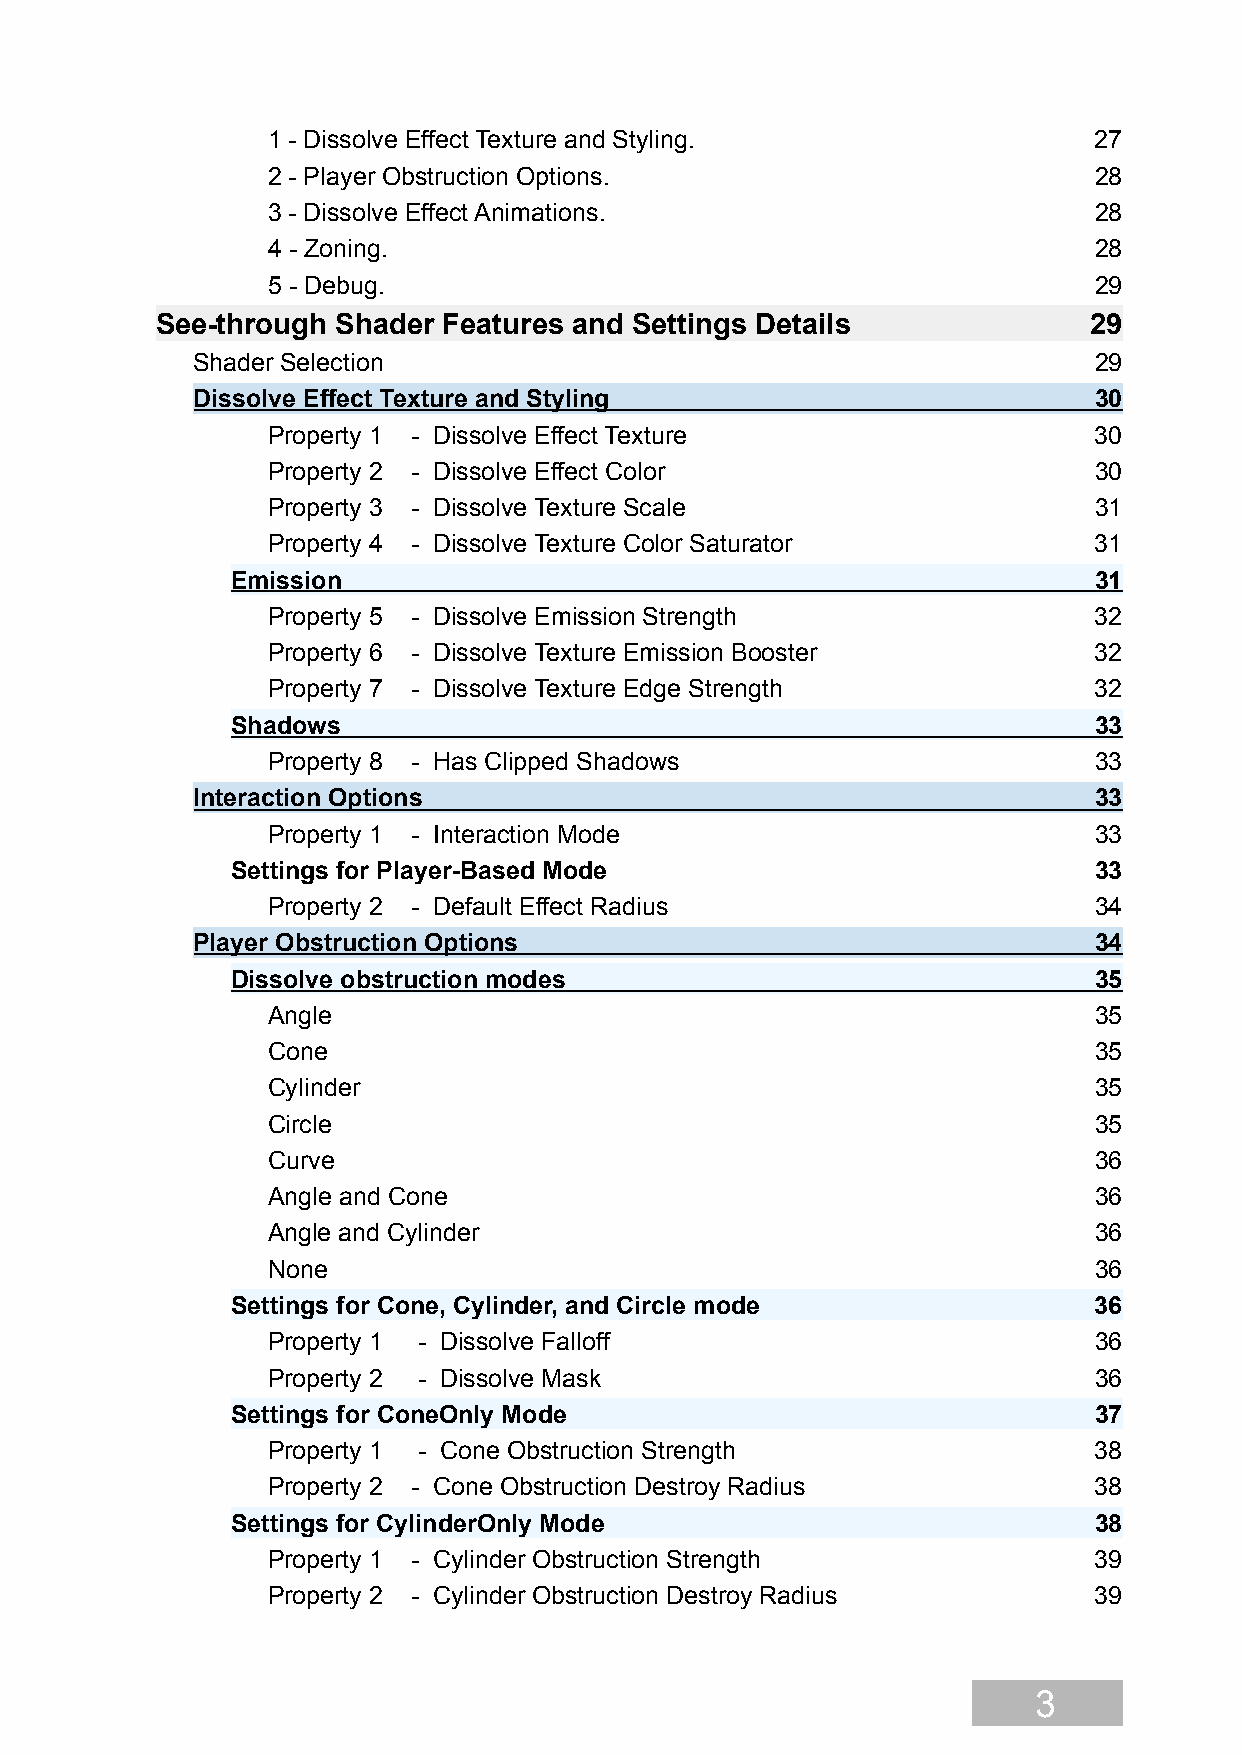
1 - Dissolve Effect Texture and Styling.              27
 2 - Player Obstruction Options.                       28
 3 - Dissolve Effect Animations.                       28
 4 - Zoning.                                           28
 5 - Debug.                                            29
 See-through Shader Features and Settings Details              29
 Shader Selection                                           29
 Dissolve Effect Texture and Styling                        30
 Property 1 - Dissolve Effect Texture                  30
 Property 2 - Dissolve Effect Color                    30
 Property 3 - Dissolve Texture Scale                   31
 Property 4 - Dissolve Texture Color Saturator         31
 Emission                                                 31
 Property 5 - Dissolve Emission Strength               32
 Property 6 - Dissolve Texture Emission Booster        32
 Property 7 - Dissolve Texture Edge Strength           32
 Shadows                                                  33
 Property 8 - Has Clipped Shadows                      33
 Interaction Options                                        33
 Property 1 - Interaction Mode                         33
 Settings for Player-Based Mode                           33
 Property 2 - Default Effect Radius                    34
 Player Obstruction Options                                 34
 Dissolve obstruction modes                               35
 Angle                                                 35
 Cone                                                  35
 Cylinder                                              35
 Circle                                                35
 Curve                                                 36
 Angle and Cone                                        36
 Angle and Cylinder                                    36
 None                                                  36
 Settings for Cone, Cylinder, and Circle mode             36
 Property 1 - Dissolve Falloff                         36
 Property 2 - Dissolve Mask                            36
 Settings for ConeOnly Mode                               37
 Property 1 - Cone Obstruction Strength                38
 Property 2 - Cone Obstruction Destroy Radius          38
 Settings for CylinderOnly Mode                           38
 Property 1 - Cylinder Obstruction Strength            39
 Property 2 - Cylinder Obstruction Destroy Radius      39
 3